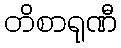
တိစာရုဏီ